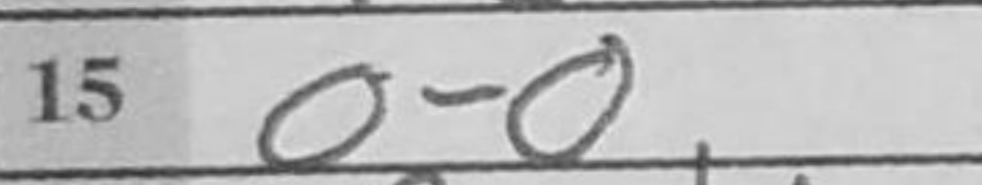
Transcription: O-O